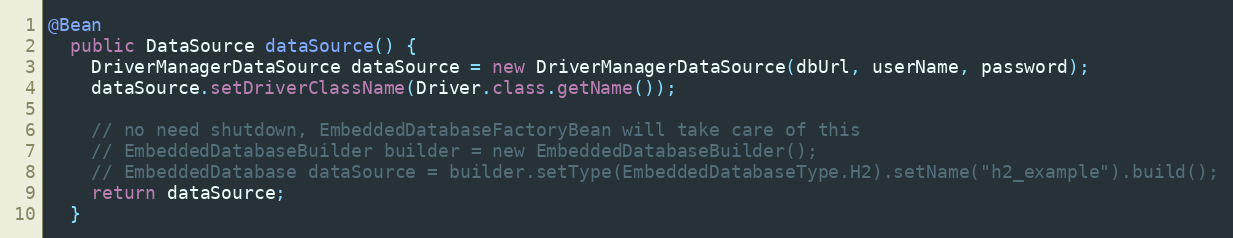
Language: Java
@Bean
  public DataSource dataSource() {
    DriverManagerDataSource dataSource = new DriverManagerDataSource(dbUrl, userName, password);
    dataSource.setDriverClassName(Driver.class.getName());

    // no need shutdown, EmbeddedDatabaseFactoryBean will take care of this
    // EmbeddedDatabaseBuilder builder = new EmbeddedDatabaseBuilder();
    // EmbeddedDatabase dataSource = builder.setType(EmbeddedDatabaseType.H2).setName("h2_example").build();
    return dataSource;
  }